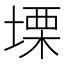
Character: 塛